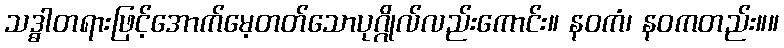
သဒ္ဓါတရားဖြင့်အောက်မေ့တတ်သောပုဂ္ဂိုလ်လည်းကောင်း။ နဝကံ၊ နဝကတည်း။။